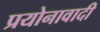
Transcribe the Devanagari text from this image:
प्रयोनावादी